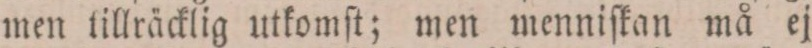
men tillräcklig utkomſt; men menniſkan må ej